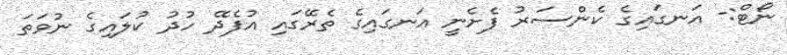
ނޯޓް:- އަނގައިގެ ކެންސަރު ފެށެނީ އަނގައިގެ ތެރޭގައި އުފެދޭ ހުދު ކުލައިގެ ނުވަތަ